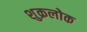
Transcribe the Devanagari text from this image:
शुक्रलोक